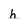
Character: h